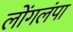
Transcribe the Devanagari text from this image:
लोंगलंपा